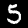
Label: 5